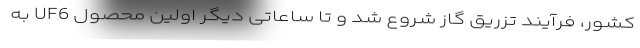
کشور، فرآیند تزریق گاز شروع شد و تا ساعاتی دیگر اولین محصول UF6 به